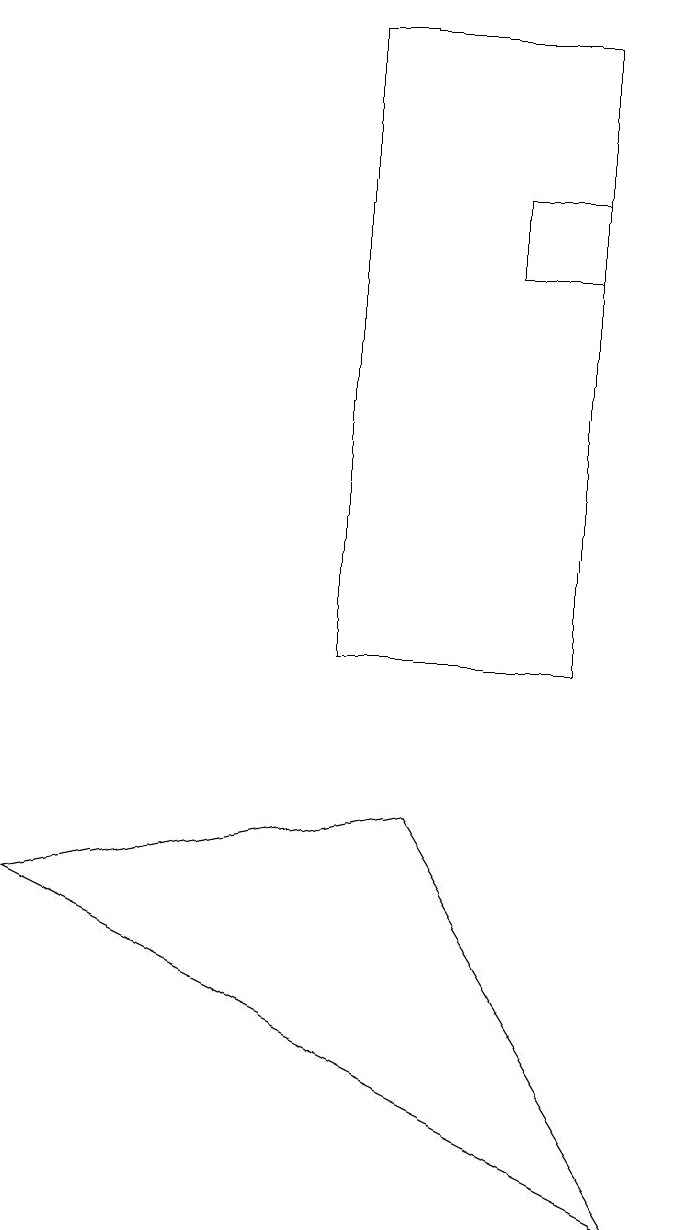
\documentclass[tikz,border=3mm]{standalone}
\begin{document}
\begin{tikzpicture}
\draw (7,16) rectangle (8,15);
\draw (5,18) rectangle (8,10);
\draw (9,3) -- (6,8) -- (1,7) -- cycle;
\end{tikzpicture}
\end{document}